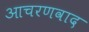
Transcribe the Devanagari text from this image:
आचरणवाद